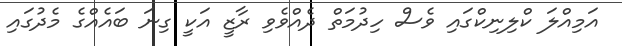
އަމިއްލަ ކްލިނިކްގައި ވެސް ހިދުމަތް ދެއްވެވި ރާޒީ އަކީ ގިނަ ބައެއްގެ މެދުގައި